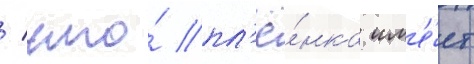
/ что́ пл'ё́нка им'е́ет